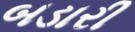
બડારી